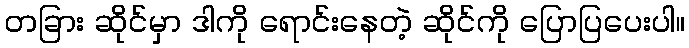
တခြား ဆိုင်မှာ ဒါကို ရောင်းနေတဲ့ ဆိုင်ကို ပြောပြပေးပါ။